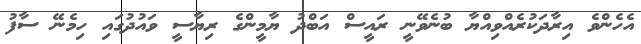
އެހެންވެ އިރާދަކުރެއްވިއްޔާ ބުނެވޭނީ ރައީސް އަބްދު ޔާމީންގެ ރިޔާސީ ވައުދުގައި ހިމެނޭ ސާފު